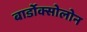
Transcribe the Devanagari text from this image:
बार्डोक्सोलोन